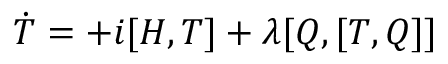
\dot { T } = + i [ H , T ] + \lambda [ Q , [ T , Q ] ]